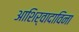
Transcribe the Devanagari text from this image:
आशिर्वादाविना